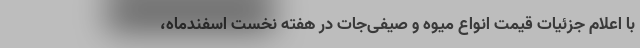
با اعلام جزئیات قیمت انواع میوه و صیفی‌جات در هفته نخست اسفندماه،